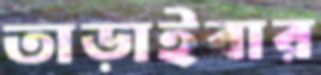
তাড়াইবার